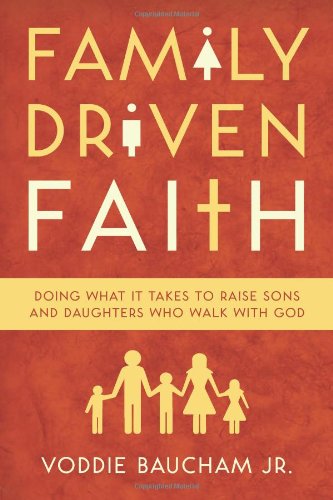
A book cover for Family Driven Faith: Doing What It Takes to Raise Sons and Daughters Who Walk with God; Voddie Baucham Jr.; Christian Books & Bibles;